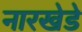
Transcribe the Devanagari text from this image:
नारखेडे